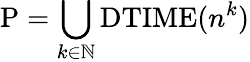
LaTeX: \mathrm{P}=\bigcup_{k\in\mathbb{N}}\mathrm{DTIME}(n^{k})